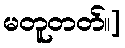
မတူတတ်။]